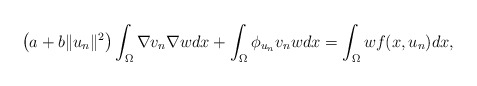
\begin{align*}\left(a+b\|u_{n}\|^{2}\right)\int_{\Omega}\nabla v_{n}\nabla wdx+\int_{\Omega}\phi_{u_{n}}v_{n}wdx=\int_{\Omega}wf(x, u_{n})dx,\end{align*}